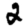
Digit: 2